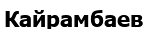
Кайрамбаев